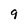
Character: 9